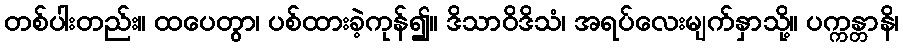
တစ်ပါးတည်း။ ထပေတွာ၊ ပစ်ထားခဲ့ကုန်၍။ ဒိသာဝိဒိသံ၊ အရပ်လေးမျက်နှာသို့။ ပက္ကန္တာနိ၊